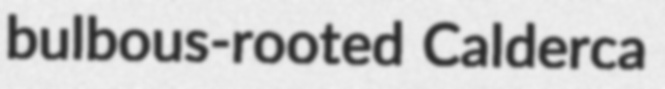
bulbous-rooted Calderca